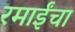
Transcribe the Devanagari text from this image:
रमाईंचा